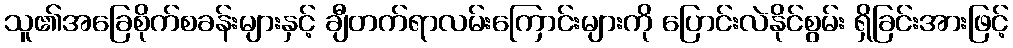
သူ၏အခြေစိုက်စခန်းများနှင့် ချီတက်ရာလမ်းကြောင်းများကို ပြောင်းလဲနိုင်စွမ်း ရှိခြင်းအားဖြင့်